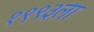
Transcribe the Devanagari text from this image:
१९९३ला